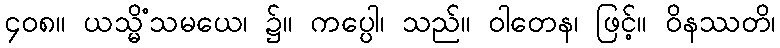
၄၀၈။ ယသ္မိံသမယေ၊ ၌။ ကပ္ပေါ၊ သည်။ ဝါတေန၊ ဖြင့်။ ဝိနဿတိ၊